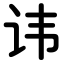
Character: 讳